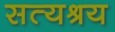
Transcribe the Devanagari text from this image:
सत्यश्रय